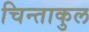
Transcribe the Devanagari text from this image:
चिन्ताकुल